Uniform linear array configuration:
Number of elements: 4
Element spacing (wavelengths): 0.25
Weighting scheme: kaiser
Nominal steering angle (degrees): -60
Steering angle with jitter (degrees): -60.44
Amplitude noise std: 0.05
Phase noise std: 0.05

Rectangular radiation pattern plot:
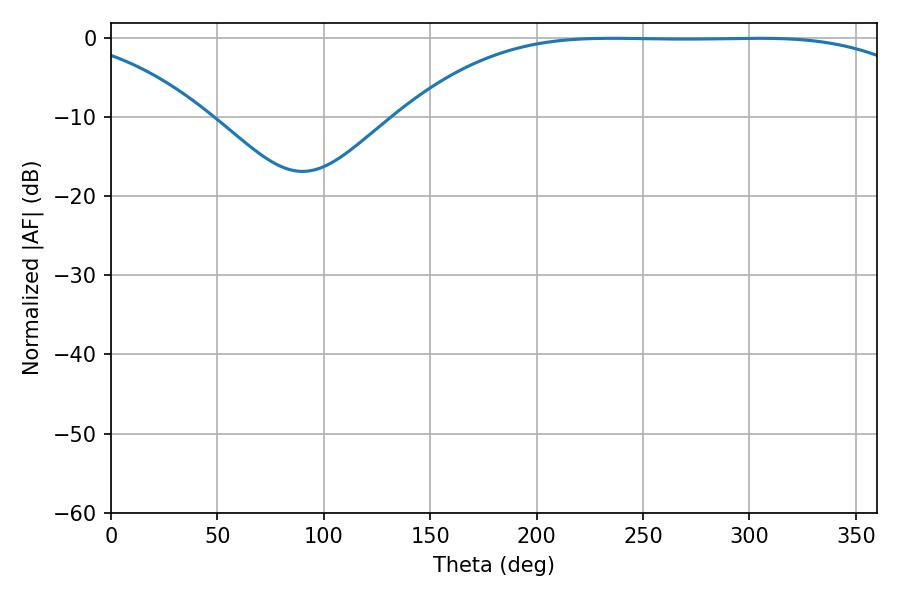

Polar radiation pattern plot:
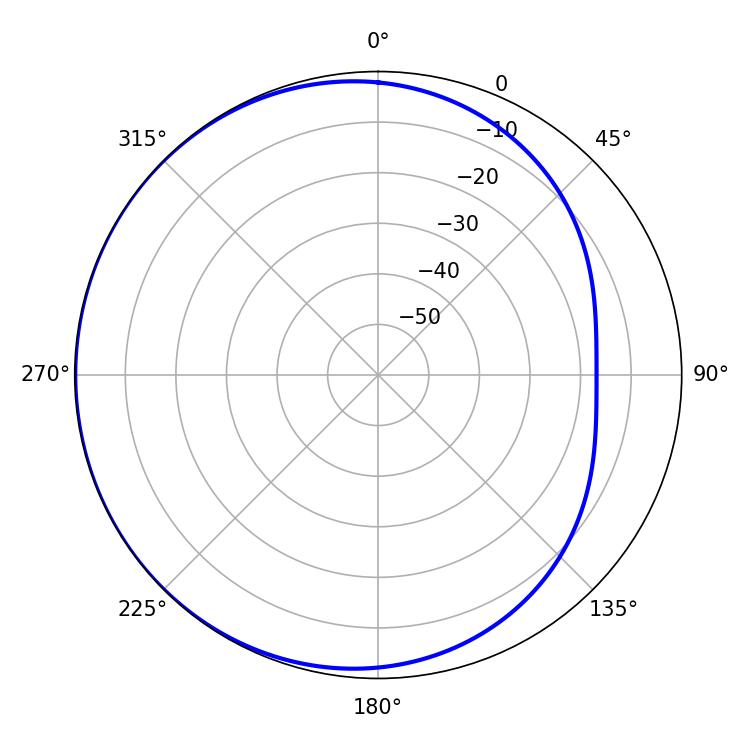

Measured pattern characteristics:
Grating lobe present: FALSE
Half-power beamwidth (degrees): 187.74
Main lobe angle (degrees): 235.26